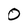
Character: 0